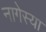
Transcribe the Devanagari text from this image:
नागेस्या